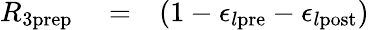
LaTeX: \begin{array}{rlr}{R_{3\mathrm{prep}}}&{{}=}&{(1-\epsilon_{l\mathrm{pre}}-\epsilon_{l\mathrm{post}})}\end{array}